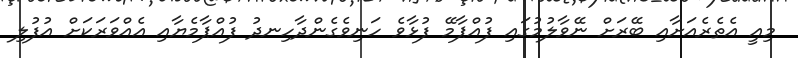
މިއީ އެތެރެއަށާއި ބޭރަށް ނޭވާލުމުގައި ފުއްޕާމޭ ފުޅާވެ ހަނިވެގެންދާހިނދު ފުއްޕާމެޔާއި އެއްވަރަކަށް އުފުލި